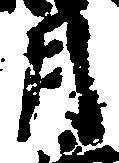
月